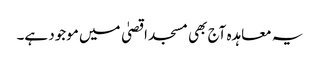
یہ معاہدہ آج بھی مسجد اقصیٰ میں موجود ہے۔